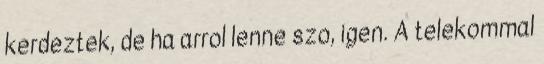
kerdeztek, de ha arrol lenne szo, igen. A telekommal